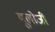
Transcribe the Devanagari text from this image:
यूलोजी